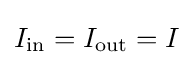
I_{\mathrm {in} }=I_{\mathrm {out} }=I